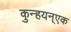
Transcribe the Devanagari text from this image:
कुन्हयन्एक